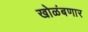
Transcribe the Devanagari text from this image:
खोळंबणार